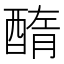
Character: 𨡽